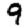
Digit: 9